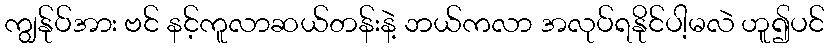
ကျွန်ုပ်အား ဗင် နင့်ကူလာဆယ်တန်းနဲ့ ဘယ်ကလာ အလုပ်ရနိုင်ပါ့မလဲ ဟူ၍ပင်